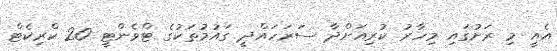
އެއީ މި ރަށުގައި މިހާރު ކުރިއަށްދާ ސަރަހައްދީ ގައުމުތަކުގެ ޓްވެންޓީ 20 ކްރިކެޓް